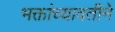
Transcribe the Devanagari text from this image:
भक्तांच्यावतीने